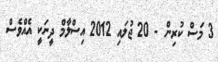
3 މަސް ކުރިން - 20 ޖުލައި 2012 އިސްލާމް ދީނަކީ އެއްވެސް